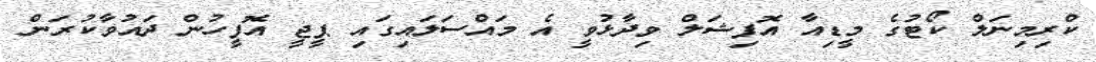
ކްރިމިނަލް ކޯޓުގެ މީޑިއާ އޮފިޝަލް ވިދާޅުވީ އެ މައްސަލައިގައި ޕީޖީ އޮފީހުން ދައުވާކުރަން